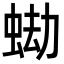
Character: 蜐